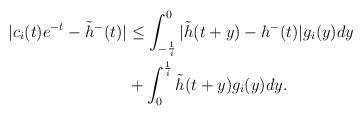
LaTeX: \begin{align*}|c_i(t)e^{-t}-\tilde{h}^{-}(t)|&\le \int_{-\frac{1}{i}}^0|\tilde{h}(t+y)-h^{-}(t)|g_i(y)dy\\&+\int_{0}^{\frac{1}{i}}\tilde{h}(t+y)g_i(y)dy.\end{align*}